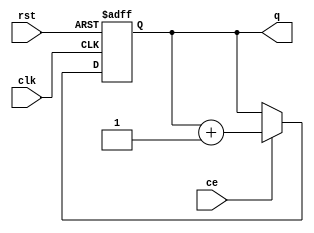
`timescale 1ns / 1ps
//////////////////////////////////////////////////////////////////////////////////
// Company: 
// Engineer: 
// 
// Design Name: 
// Module Name: CNT
// Project Name: 
// Target Devices: 
// Tool Versions: 
// Description: 
// 
// Dependencies: 
// 
// Revision:
// Revision 0.01 - File Created
// Additional Comments:
// 
//////////////////////////////////////////////////////////////////////////////////


module CNT #(parameter M = 8)(
    input ce, rst, clk,
    output reg [M-1:0] q
    );
    
    always @(posedge clk, posedge rst)
        if (rst)
            q <= 0;
        else if (ce)
            q <= q + 1;
            
endmodule